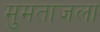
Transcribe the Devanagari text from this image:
मुमताजला